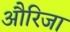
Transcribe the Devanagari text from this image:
औरिजा